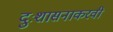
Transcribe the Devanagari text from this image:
दुःशासनाकरवी